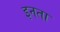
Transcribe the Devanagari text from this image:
इनता